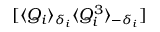
[ \langle Q _ { i } \rangle _ { \delta _ { i } } \langle Q _ { i } ^ { 3 } \rangle _ { - \delta _ { i } } ]